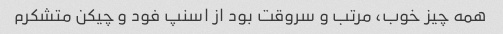
همه چیز خوب، مرتب و سروقت بود از اسنپ فود و چیکن متشکرم